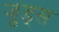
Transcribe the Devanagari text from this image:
जुड्स